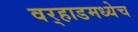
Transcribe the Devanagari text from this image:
वर्‍हाडमध्येच